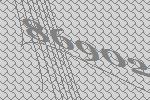
86902